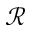
\mathscr { R }